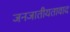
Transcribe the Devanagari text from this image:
जनजातीयतावाद